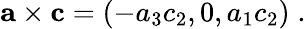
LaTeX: \begin{array}{r}{{\mathbf{a}}\times{\mathbf{c}}=(-a_{3}c_{2},0,a_{1}c_{2})\; .}\end{array}